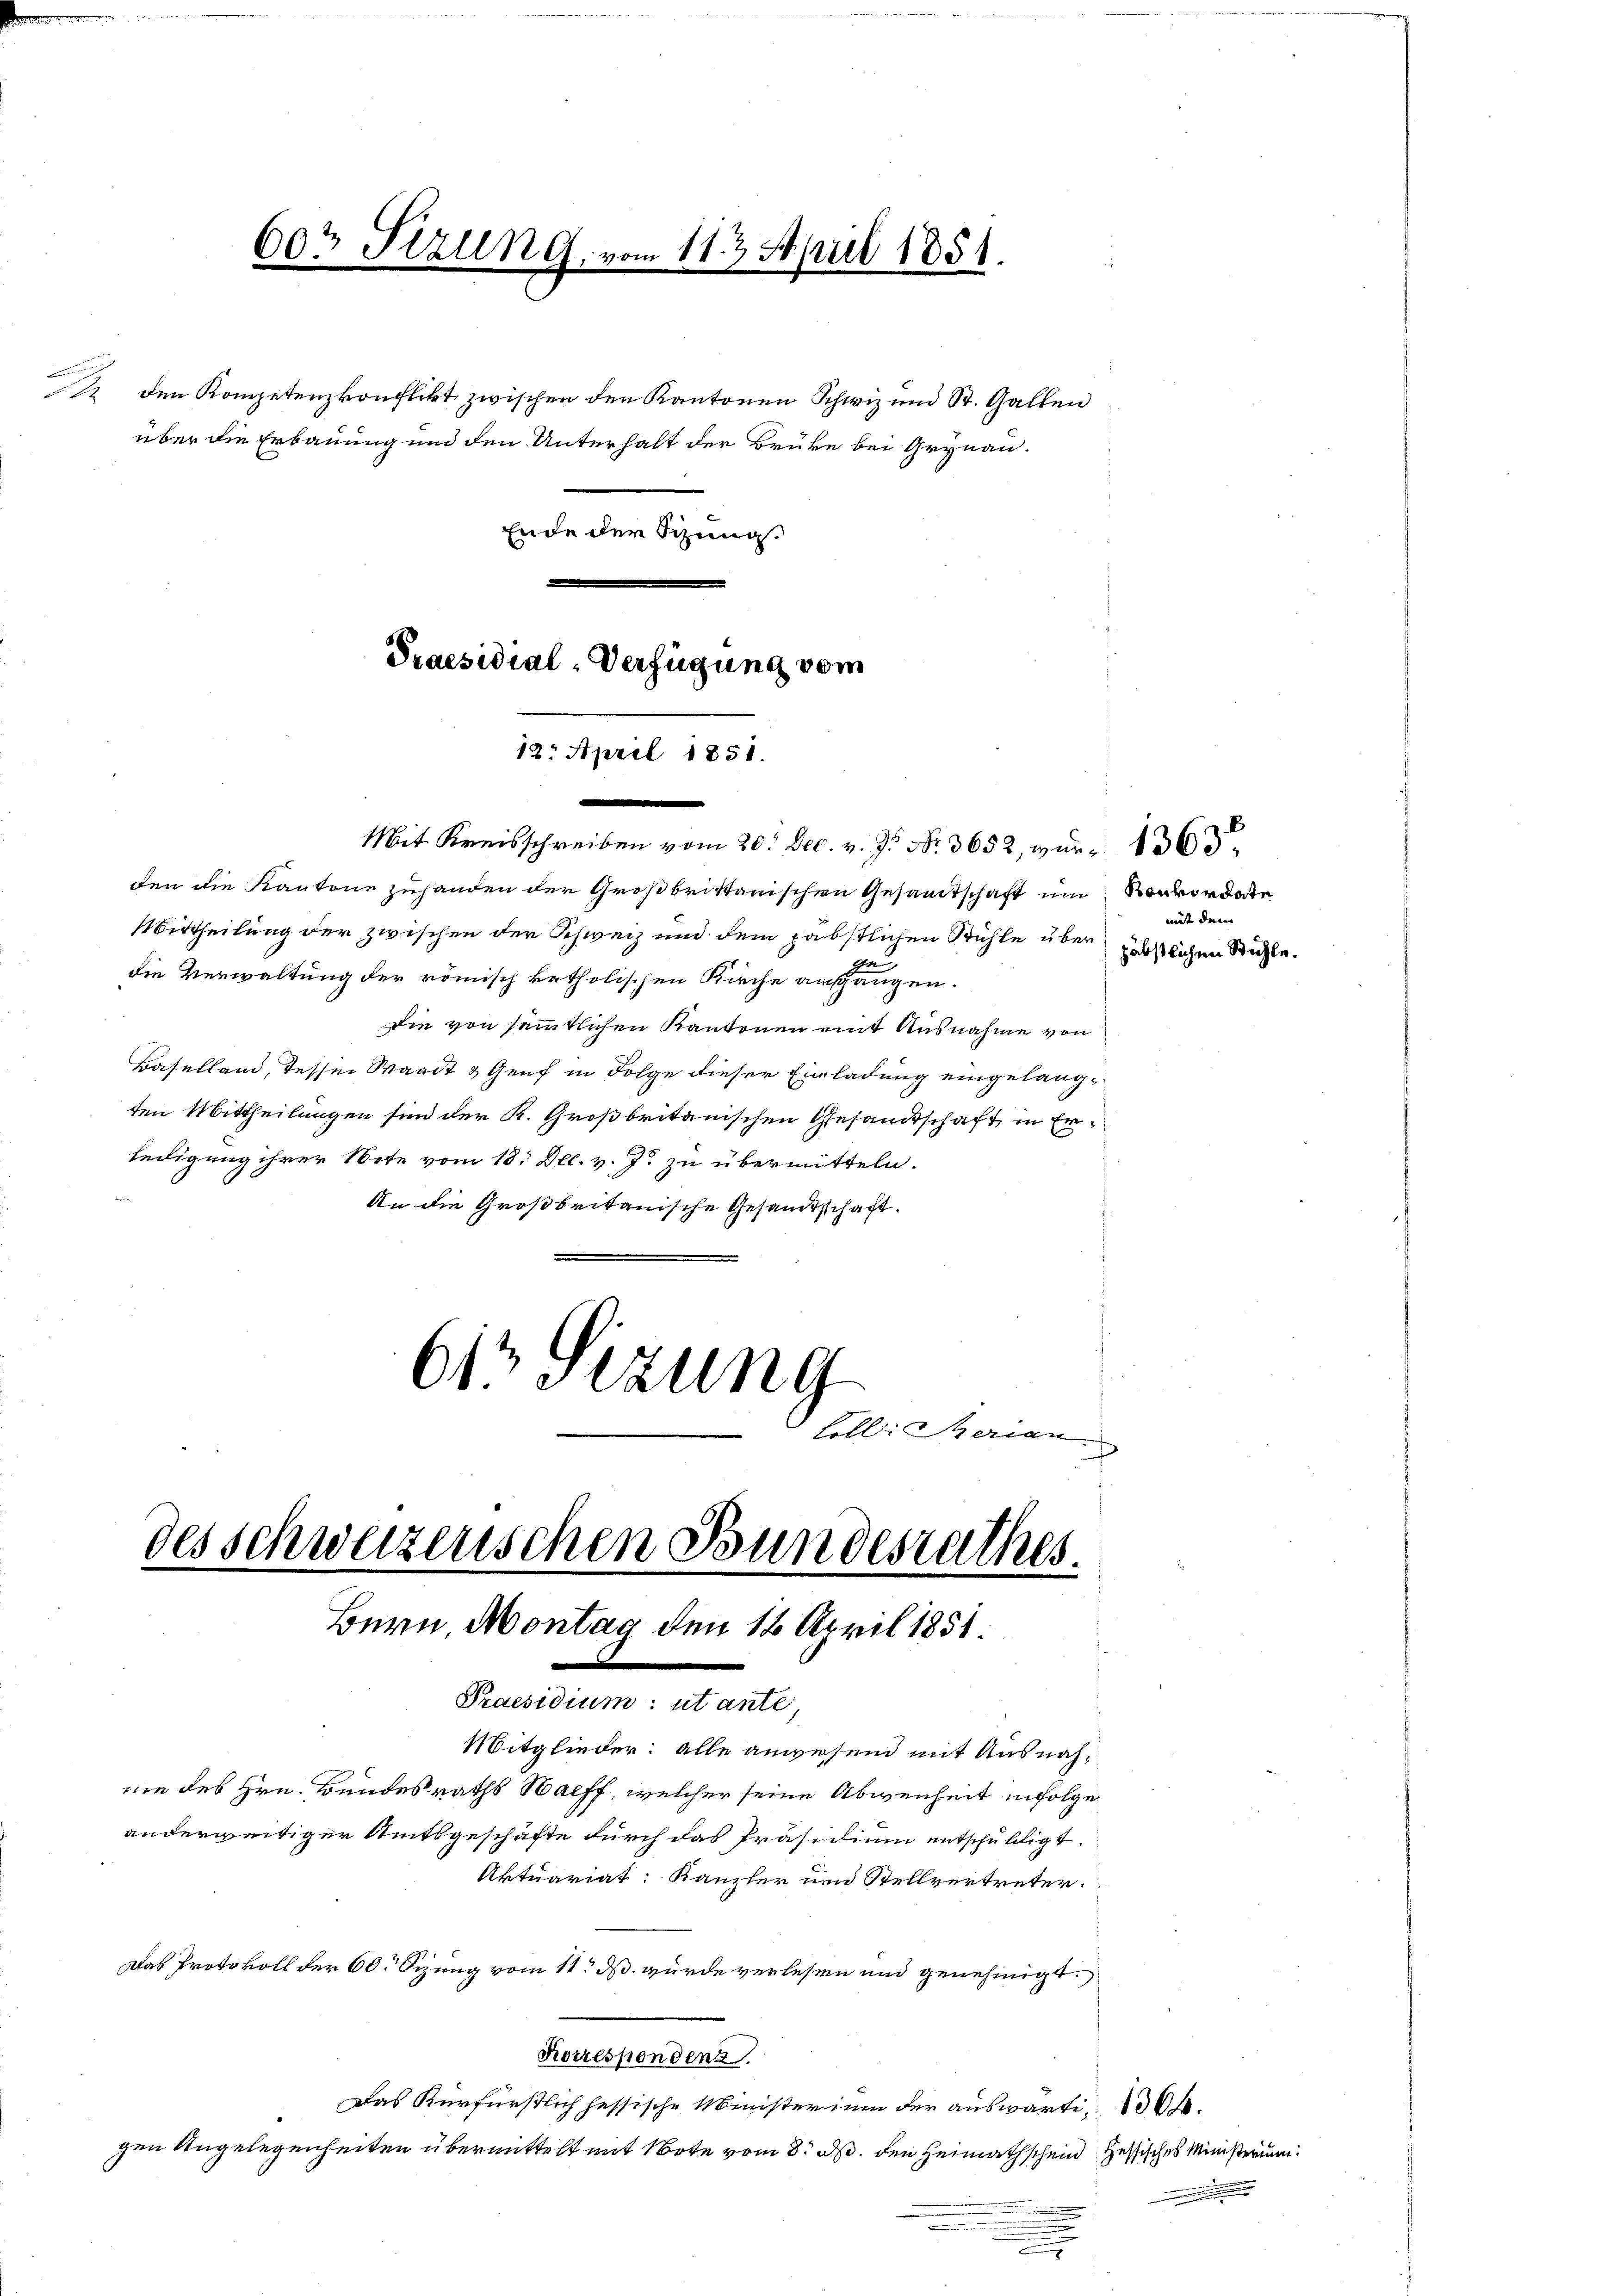
12. den Kompetenzkonflikt zwischen den Kantonen Schwiz und St. Gallen
über die Erbauung und den Unterhalt der Brüke bei Grynau.
Ende der Schug¬
Praesidial-Verfügung vom

60t Sizung, v

des Schweizerischen Bundesrathes
Bern, Montag den 16. April 1851.

12. April 1851.

112 April 1851.

wie des Hrn. Bundesraths Haeff, welcher seine Abwenheit infolge
anderweitiger Amtsgeschäfte durch das Präsidium entschuldigt.
Das Protokoll der 60. Sizung vom 11. ds. wurde verlesen und genehmigt.

Praesidium: utante,

Mit Kreisschreiben vom 20. Dec. v. J. Nr. 3652, wür 1363.
ten die Kantone zuhanden der Großbrittanischen Gesamtschaft um Konkordate
Mittheilung der zwischen der Schweiz und dem päbstlichen Stühle überde
die Verwaltung der römisch katholischen Kirche ausgangen.
die von sämmtlichen Kantonen mit Ausnahme von
Baselland, Tessin Waadt & Genf in Folge dieser Einladung eingelangten Mittheilungen sind der K. Großbritanischen Gesandtschaft in Erledigung ihrer Note vom 18. Dec. v. Js. zu übermitteln.
An die Großbritanische Gesandtschaft.
613 Sizung
fell: Serian

Mitglieder: Alle anwesend mit Ausnah¬
Aktuariat: Kanzler und Stellvertreter.
Korrespondenz
Das Kurfürstlich hessische Ministerium der auswärti- 30.
gen Angelegenheiten übermittelt mit Note vom 8. d. den Heimathschein Zessisches Ministerium
.
.

mit dem
päbstlichen Stühle.